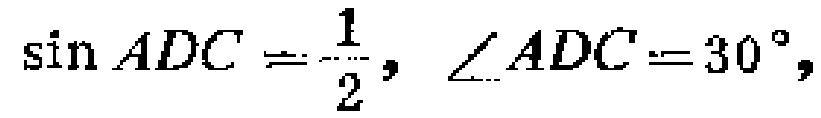
\(\sin ADC = \frac{1}{2}, \angle ADC = 30^{\circ},\)